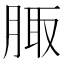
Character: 𦝒